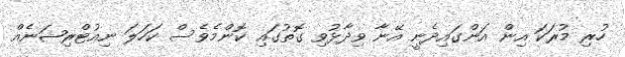
ހުރި މުރަކަ އިން އަންގައިދެނީ އޭނާ ވިދާޅުވި ގޮތުގައި ކޮންމެވެސް ކަހަލަ ނިއުޓްރިޝަނެއް